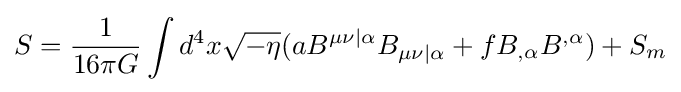
S={1 \over 16\pi G}\int d^{4}x{\sqrt {-\eta }}(aB^{\mu \nu |\alpha }B_{\mu \nu |\alpha }+fB_{,\alpha }B^{,\alpha })+S_{m}